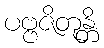
ပဗ္ဗဇိတုန္တိ